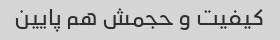
کیفیت و حجمش هم پایین